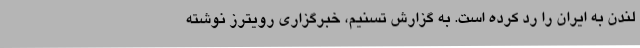
لندن به ایران را رد کرده است. به گزارش تسنیم، خبرگزاری رویترز نوشته